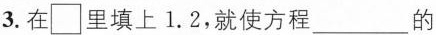
3.在\Box里填上 1.2，就使方程 ___ 的